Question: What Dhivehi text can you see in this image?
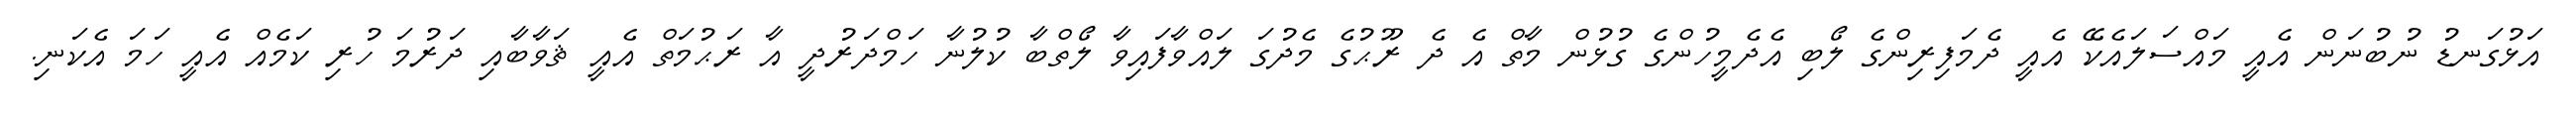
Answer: އަޅުގަނޑު ނުބުނަން އެއީ މައްސަލައެކޭ އެއީ ދެމަފިރިންގެ ލޯބި އެދެމީހުންގެ ގުޅުން މާތް އެ ދެ ރޫޙުގެ މެދުގަ ލައްވާފައިވާ ލޯތްބާ ކުލުނާ ހަމްދަރުދީ އާ ރަޙުމަތް އެއީ ޘަވާބާއި ދަރުމަ ހުރި ކަމެއް އެއީ ހަމަ އެކަނި.